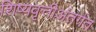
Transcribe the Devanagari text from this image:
शिष्यवृत्तीअंतर्गत